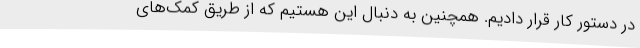
در دستور کار قرار دادیم. همچنین به دنبال این هستیم که از طریق کمک‌های